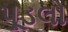
પૂડલો